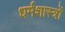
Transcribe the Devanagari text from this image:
धर्मशास्‍त्रों